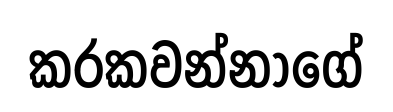
කරකවන්නාගේ